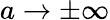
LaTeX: a\rightarrow\pm\infty